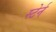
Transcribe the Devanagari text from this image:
स्टेर्न